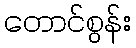
တောင်စွန်း